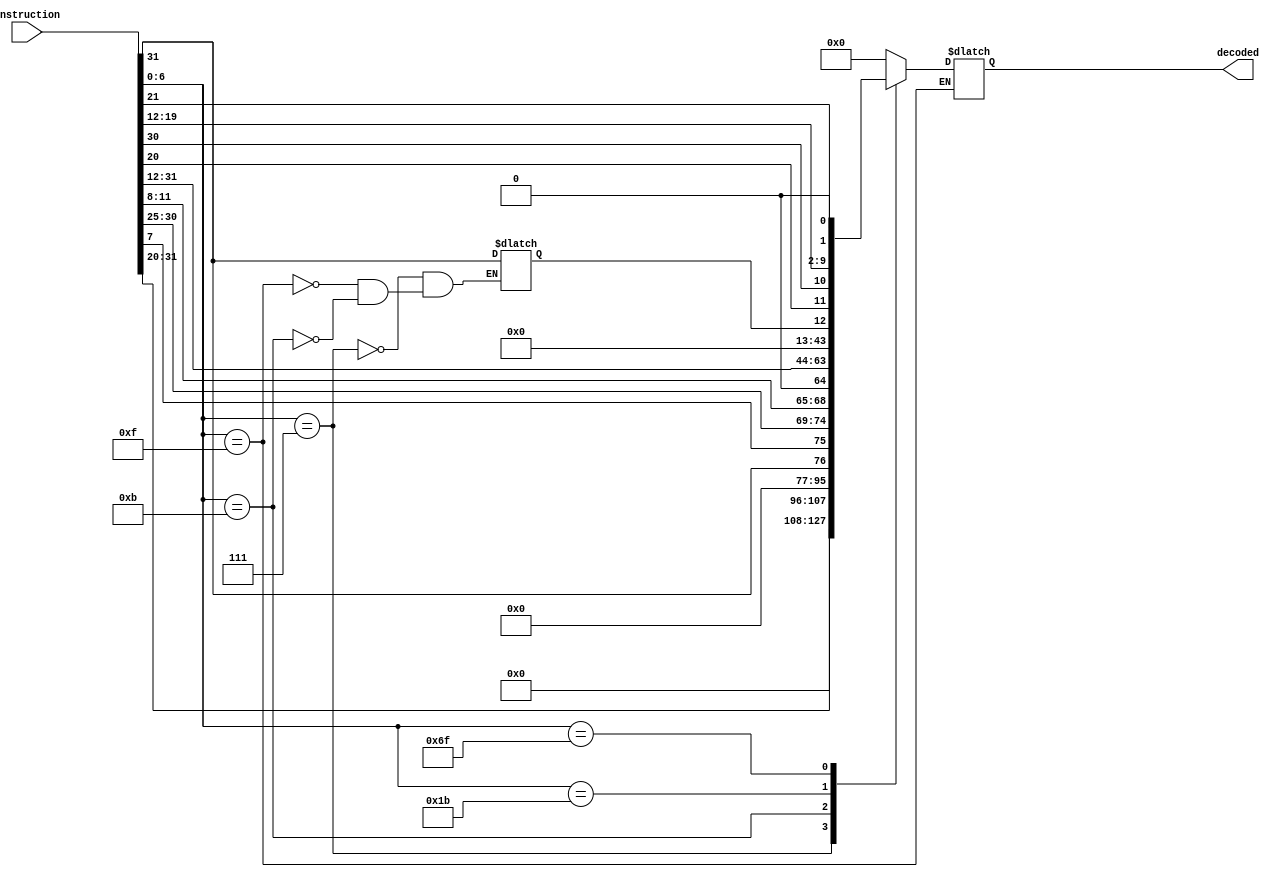
`timescale 1ns / 1ps
//////////////////////////////////////////////////////////////////////////////////
// Company: 
// Engineer: 
// 
// Design Name: 
// Module Name: decode
// Project Name: 
// Target Devices: 
// Tool Versions: 
// Description: 
// 
// Dependencies: 
// 
// Revision:
// Revision 0.01 - File Created
// Additional Comments:
// 
//////////////////////////////////////////////////////////////////////////////////


module ImmGen(
    input [31:0] instruction, //riscv instruction
    output reg [31:0] decoded //decoded immediate
);  
reg [11:0] imm_12;
reg [19:0] imm_20;
reg [6:0] opcode;

always @(*) begin
    opcode = instruction[6:0];
    case(opcode) 
    7'b0000011://R-type
        decoded = 32'b0;
    7'b0000111: begin//I-type
        imm_12 = instruction[31:20];
        decoded = imm_12;
    end
    7'b0001111: begin//S-type
        imm_12[4:0] = instruction[11:7];
        imm_12[11:5] = instruction[31:25];
    end
    7'b0001011: begin//B-type
        imm_12[11] = instruction[31];
        imm_12[9:4] = instruction[30:25];
        imm_12[3:0] = instruction[11:8];
        imm_12[10] = instruction[7];
        decoded = imm_12;
        decoded = decoded << 1;
    end
    7'b0011011: begin//U-type
        imm_20 = instruction[31:12];
        decoded = {imm_20,12'b0};
    end
    7'b1101111: begin//J-type
        imm_12[19] = instruction[31];
        imm_12[9:0] = instruction[30:21];
        imm_12[10] = instruction[20];
        imm_12[8:1] = instruction[19:12];
        decoded = imm_12;
        decoded = decoded << 1;
    end
    default: decoded = 32'b0;
    endcase
end
endmodule